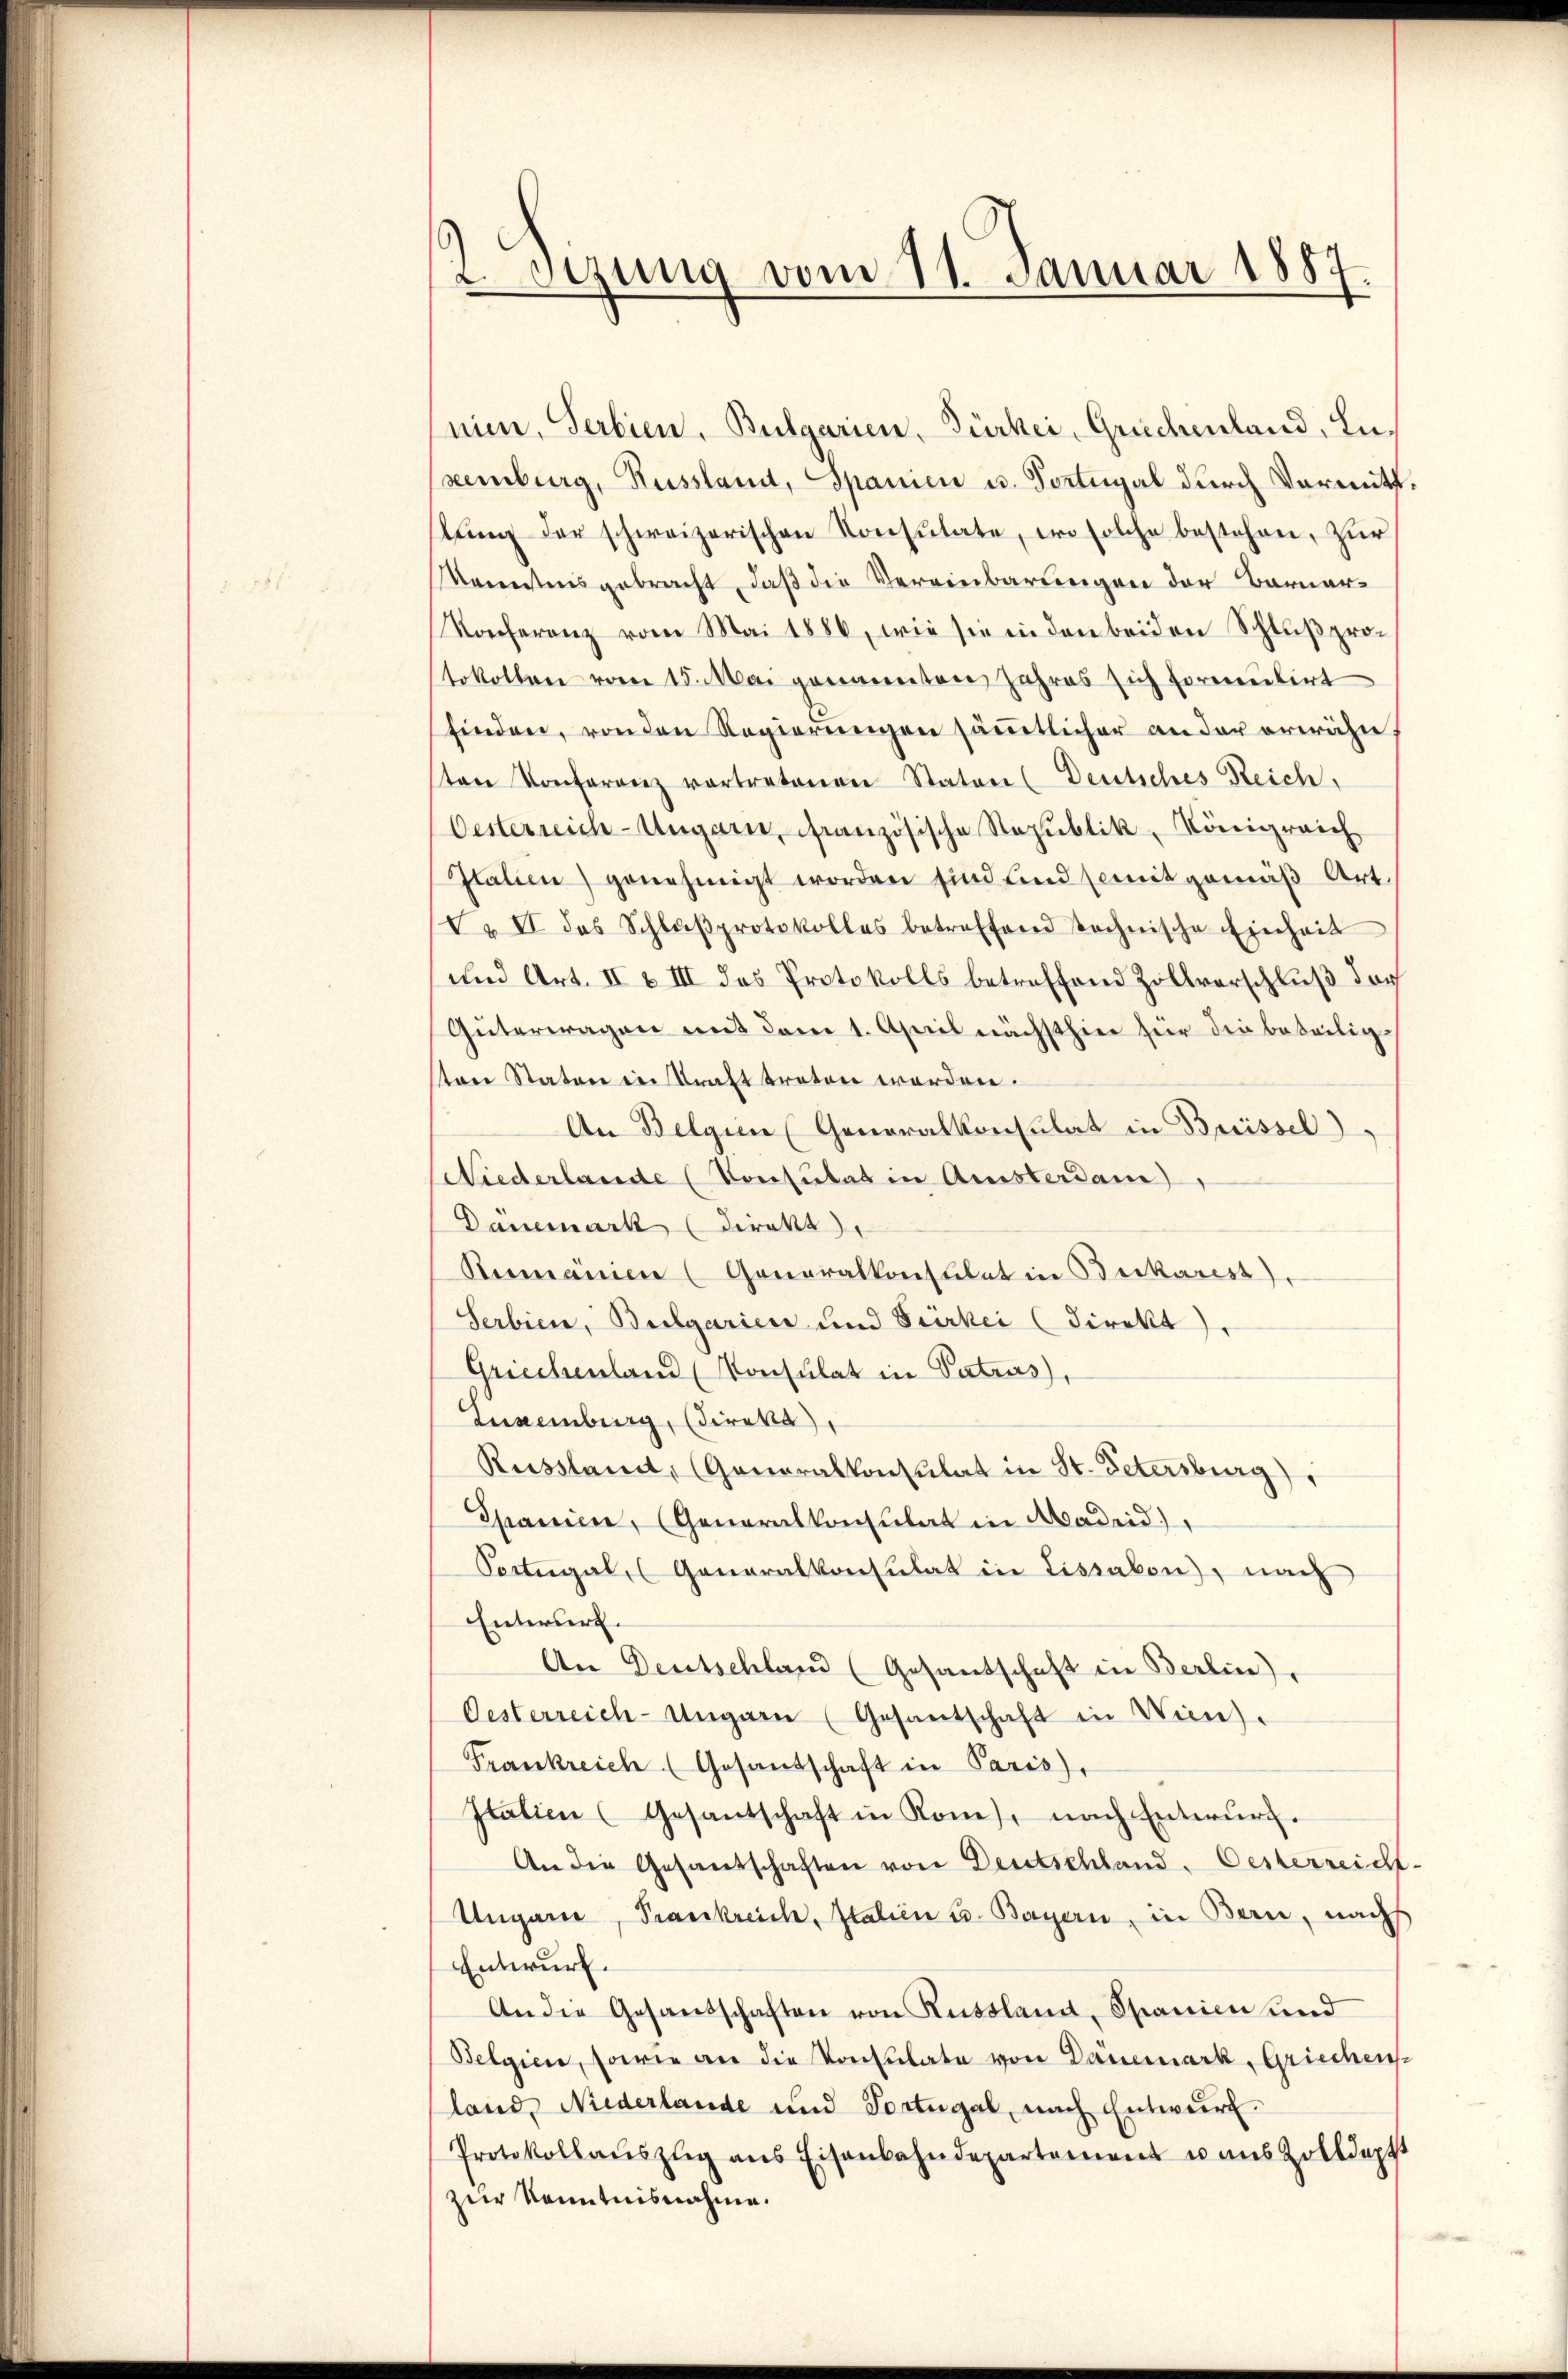
2 sezung vom 11. Januar 1887.

nien, Serbien, Bulgarien, Türker, Griechenland, Luxemburg, Russlamit, Spanien u. Sortugal durch Vormitt
lŭng der schweizerischen Konsulate, wo solche bestehen, zŭr
Mannstensgebracht, daß die Vereinbarungen der Barner-
Konferenz vom Mai 1886, wie sie in den beiden Schlußprotokollen vom 15. Mai genannten Jahres sich formuliert
finden, von den Regierŭngen säṁtlicher an der erwähn
ten Konferenz vertretenen Staten (Deutsches Reich,
Oesterreich-Ungarn, französische Republik, Königreich
Italien) genehmigt worden sind und somit gemäβ Art.
Vu II des Schluβprotokolles betreffend technische Einheit
und Art. II & III des Protokolls betreffend Zollverschlŭβ der
Güterwagen mit dem 1. April nächsthier hier die beteiligsten Staten in krafttreten werden.
An Belgien (Generalkonsulat in Breissel
Niederlande (Consulat in Amsterdam,
Danemark (direkt
Rermanien (Generalkonsulat in Beckarest).
Serbien, Bulgarien und Verkei (direkt).
Griechenland (Konsulat in Patrus),
Luxenburg, (direkt
Russlant, (Generalkonsulat in St. Petersburg),
Spanien, (Generalkonsulat in Madeid)
Portugal (Generalkonsulat in Lissabon), nach
Enteriert.
An Deutschland (Gesandschaft in Berlin,
Oesterreich-Ungarn (Gesantschaft in Wien).
Frankreich (Gesandschaft in Paris),
Italien (Gesantschaft in Koms, nach Entwurf.
An die Gesandschaften von Deutschland. Oesterreicht-
Ungarn, Trankreich, Italien u. Bayern, in Bern, nach
Entwurf.
An die Gesandschaften von Russland, Spanien und
Belgien, sowie an die Konsulate von Danemark, Griechens-
lande Niederlande und Portugal, nach Entwurf.
Protokollaŭszŭg ans Eisenbahndepartement u aŭs Zolldeptt
zur Kenntnisnahme.